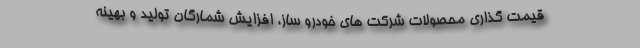
قیمت گذاری محصولات شرکت های خودرو ساز، افزایش شمارگان تولید و بهینه